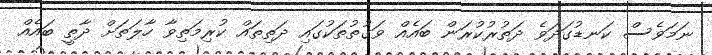
ނަމަވެސް ކަނޑުގަދަވެ ދަތުރުކުރަން ބައެއް ވަގުތުތަކުގައި ދަތިތައް ކުރިމަތިވާ ހާލަތަށް ދާތީ ބައެއް